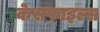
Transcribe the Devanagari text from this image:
केसफाइल्स